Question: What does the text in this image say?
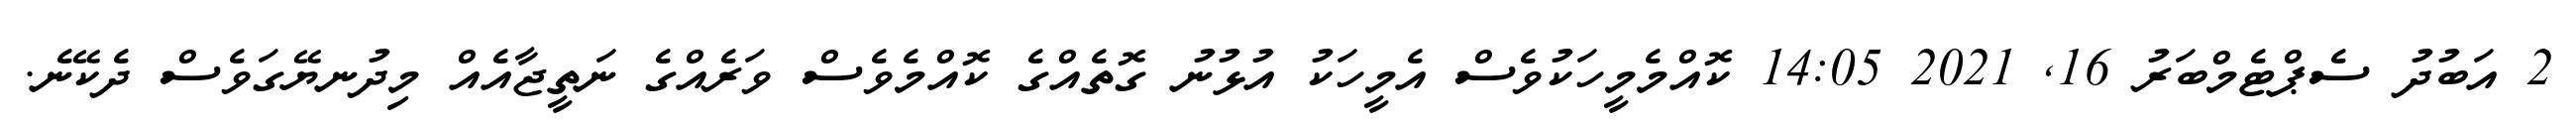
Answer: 2 އަބުދު ސެޕްޓެމްބަރު 16, 2021 14:05 ކޮއްމެމީހަކުވެސް އެމީހަކު އުޅުނު ގޮތެއްގެ ކޮއްމެވެސް ވަރެއްގެ ނަތީޖާއެއް މިދުނޔޭގަވެސް ދެކޭނެ.